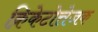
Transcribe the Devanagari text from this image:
क्रिकेटोत्तेजक